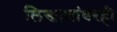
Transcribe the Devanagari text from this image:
लिखाणांवरही